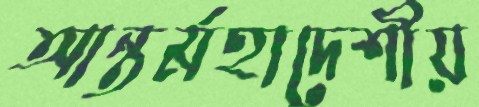
আন্তর্মহাদেশীয়